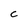
Character: C